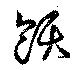
飫